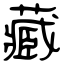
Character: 藏